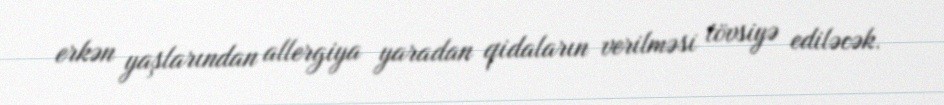
erkən yaşlarından allergiya yaradan qidaların verilməsi tövsiyə ediləcək.